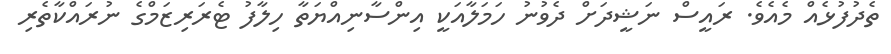
ތެދުފުޅެއް މެއެވެ. ރައީސް ނަޝީދަށް ދެވުނު ހަމަލާއަކީ އިންސާނިއްޔަތާ ހިލާފު ޓެރަރިޒަމްގެ ނުރައްކާތެރި